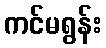
ကင်မရွန်း